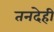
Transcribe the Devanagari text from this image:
तनदेही